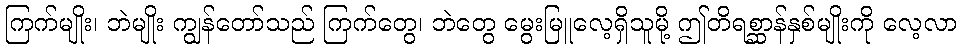
ကြက်မျိုး၊ ဘဲမျိုး ကျွန်တော်သည် ကြက်တွေ၊ ဘဲတွေ မွေးမြူလေ့ရှိသူမို့ ဤတိရစ္ဆာန်နှစ်မျိုးကို လေ့လာ